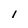
Character: I